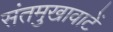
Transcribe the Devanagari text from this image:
संतमुखावाटें